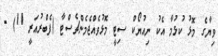
ވިޔާގެ މޮޅު ކުޅުމާ އެކު ނިއުޔޯކް ސިޓީ މޮޅުވެއްޖެމެންޗެސްޓާ (ފެބްރުއަރީ 11) -